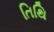
તિથિ